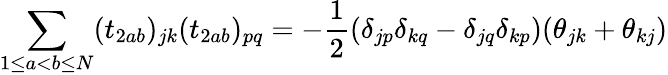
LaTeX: \sum_{1\le a<b\le N}(t_{2ab})_{jk}(t_{2ab})_{pq}=-\frac{1}{2}(\delta_{jp}\delta_{kq}-\delta_{jq}\delta_{kp})(\theta_{jk}+\theta_{kj})